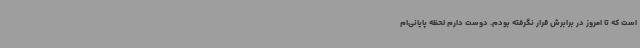
است که تا امروز در برابرش قرار نگرفته‌ بودم. دوست دارم لحظه پایانی‌ام